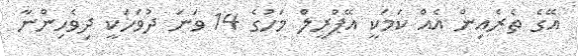
އޭގެ ތެރެއިން އެއް ކަމަކީ އޭޕްރީލް މަހުގެ 14 ވަނަ ދުވަހަކީ ދިވެހިންނާ